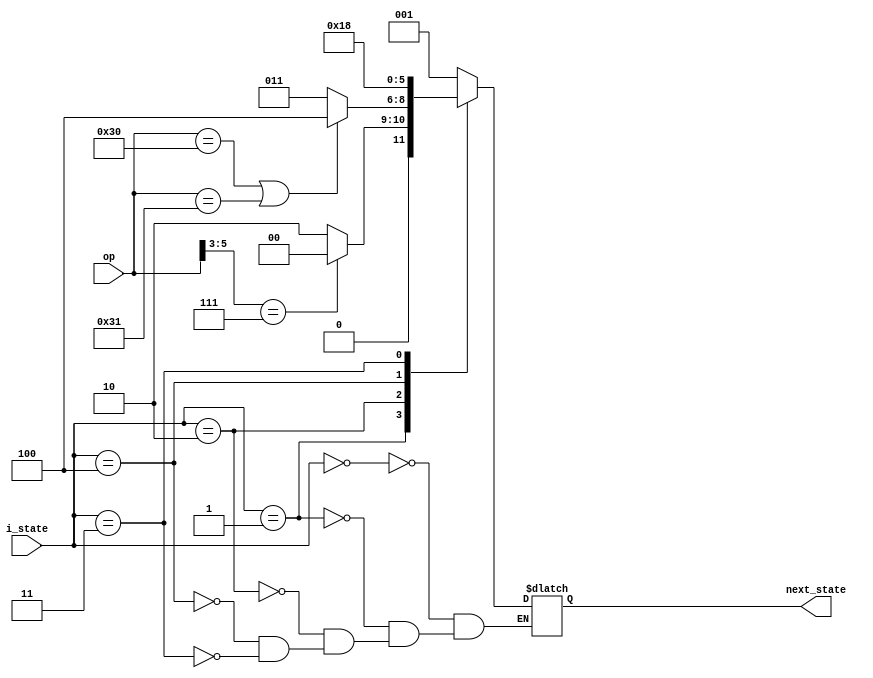
`timescale 1ns / 1ps
    module NextState(
    input [2:0]i_state,
    input [5:0]op,
    output reg[2:0]next_state
    );
    always @(i_state or op) begin
        case (i_state)
           3'b000: next_state = 3'b001;
           3'b001: begin
             case(op[5:3])
                3'b111: next_state = 3'b000;
                default:next_state = 3'b010;
              endcase  
           
           end
           3'b010:begin
             if(op == 110100||op == 110101||op == 110110) next_state = 3'b000;  // beqbnebgtz
             else if(op == 6'b110000||op == 6'b110001)  next_state =3'b100;//swlw   
             else next_state = 3'b011; // add, sub
           end
           3'b100:begin
               if(op == 110000) next_state = 3'b000;
               else next_state = 3'b011;
           end
           3'b011:begin
               next_state = 3'b000;
           end
        endcase
    end
endmodule